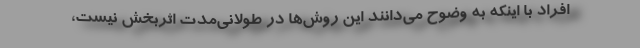
افراد با اینکه به وضوح می‌دانند این روش‌ها در طولانی‌مدت اثربخش نیست،